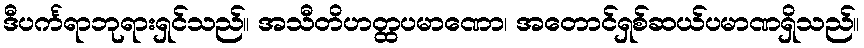
ဒီပင်္ကရာဘုရားရှင်သည်။ အသီတိဟတ္ထပမာဏော၊ အတောင်ရှစ်ဆယ်ပမာဏရှိသည်။